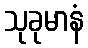
သုခုမာနံ